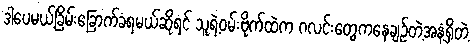
ဒါပေမယ့်ခြိမ်းခြောက်ခံရမယ်ဆိုရင် သူရဲ့ဝမ်းဗိုက်ထဲက ဂလင်းတွေကနေချဉ်တဲ့အနံ့ရှိတဲ့